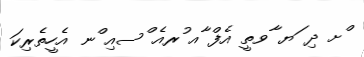
ްށ ދި ަޔ ާވތީ އެފް ާއ ުރއެ ްސއި ްނ އެހީތެރިކަ